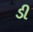
ડી